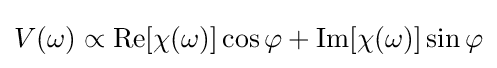
V(\omega )\propto {\textrm {Re}}[\chi (\omega )]\cos \varphi +{\textrm {Im}}[\chi (\omega )]\sin \varphi